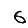
Digit: 6